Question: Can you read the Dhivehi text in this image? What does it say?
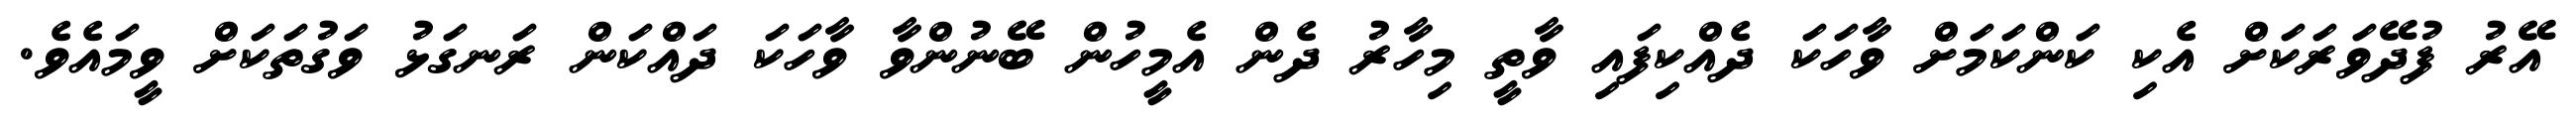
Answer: އޭރު ފުދޭވަރަކަށް އެކި ކަންކަމަށް ވާހަކަ ދެއްކިފައި ވާތީ މިހާރު ދެން އެމީހުން ބޭނުންވާ ވާހަކަ ދައްކަން ރަނގަޅު ވަގުތަކަށް ވީމައެވެ.